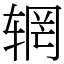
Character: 辋